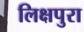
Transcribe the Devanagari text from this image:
लिक्षपुरा